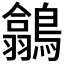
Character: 𪅲